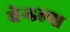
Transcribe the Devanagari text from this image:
वेन्डल्स